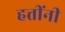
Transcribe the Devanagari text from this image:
हत्तींनी